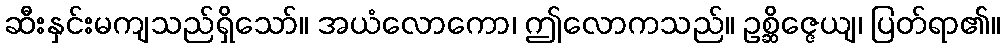
ဆီးနှင်းမကျသည်ရှိသော်။ အယံလောကော၊ ဤလောကသည်။ ဥစ္ဆိဇ္ဇေယျ၊ ပြတ်ရာ၏။